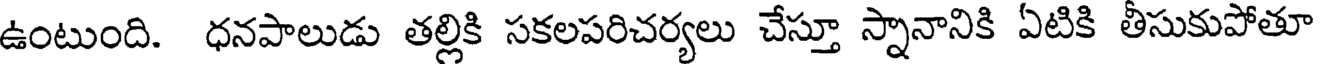
ఉంటుంది. ధనపాలుడు తల్లికి సకలపరిచర్యలు చేస్తూ స్నానానికి ఏటికి తీసుకుపోతూ